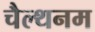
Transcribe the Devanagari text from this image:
चैल्थनम